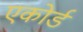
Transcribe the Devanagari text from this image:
एकोर्ड